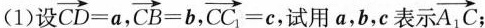
(1)设 $$\overrightarrow { C D } = a$$ ， $$\overrightarrow { C B } = b$$ ， $$\overrightarrow { C C _ { 1 } } = c$$ ，试用a，b，c表示 \overrightarrow{A_{1}C} ；